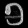
Digit: ၅